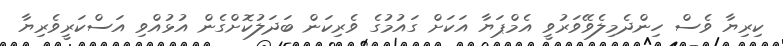
ކިރިޔާ ވެސް ހިންދެމިލެވޭވަރުވީ އެމްޕަޔާ އަކަށް ގައުމުގެ ވެރިކަން ބަދަލުކޮށްގެން އުޅުއްވި އަސްކަރީވެރިޔާ